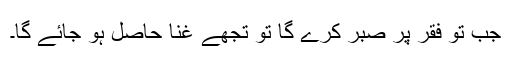
جب تو فقر پر صبر کرے گا تو تجھے غنا حاصل ہو جائے گا۔